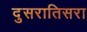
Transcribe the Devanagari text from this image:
दुसरातिसरा